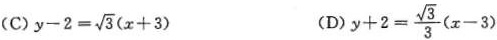
(C) $$y - 2 = \sqrt { 3 } ( x + 3 )$$ (D)$$y + 2= \frac { \sqrt { 3 } } { 3 } ( x - 3 )$$